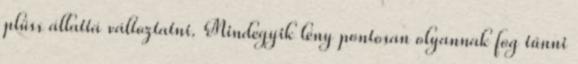
plüss állattá változtatni. Mindegyik lény pontosan olyannak fog tűnni